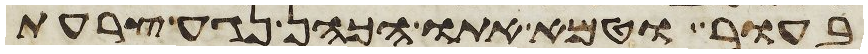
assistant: בעור וטמא אתו הכהן נגע צרעת